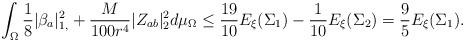
LaTeX: \begin{align*}\int_{\Omega} \frac{1}{8}\vert \beta_{a}\vert^2_{1,}+\frac{M}{100 r^4}\vert Z_{ab}\vert^2_{2} d\mu_{\Omega}\leq {}& \frac{19}{10}E_{\xi}(\Sigma_1) - \frac{1}{10}E_{\xi}(\Sigma_2)=\frac{9}{5}E_{\xi}(\Sigma_1).\end{align*}